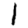
Digit: 1